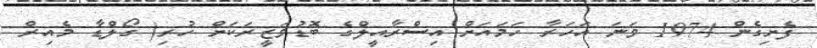
ފެށިގެން 1974 ވަނަ އަހަރާ ހަމައަށް އިސްރާއީލްގެ ބޮޑުވަޒީރަކަށް ހުރި( ގޯލްޑާ މެއިރް